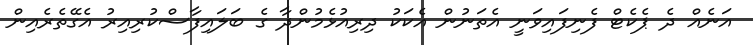
އަނެއް ދެ ޕެކެޓް ފެނިފައިވަނީ އެތަނުން އެކަކު ދިރިއުޅެމުންދާ ގެ ބަލައިފާސްކުރިއިރު އެގޭތެރެއިން